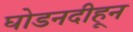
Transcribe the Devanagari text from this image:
घोडनदीहून